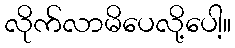
လိုက်လာမိပေလို့ပေါ့။